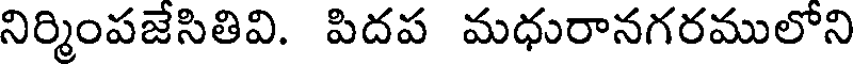
నిర్మింపజేసితివి. పిదప మధురానగరములోని